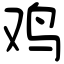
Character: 鸡